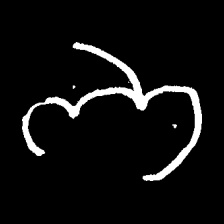
Pyu character \u2014 Myanmar letter: ဘ (romanized: bha)